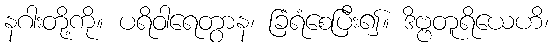
နဂါးတို့ကို။ ပရိဝါရေတွာန၊ ခြံရံစေပြီး၍။ ဒိဗ္ဗတူရိယေဟိ၊